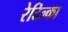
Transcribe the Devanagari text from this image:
रेदिल्का